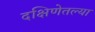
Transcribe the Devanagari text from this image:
दक्षिणेतल्या